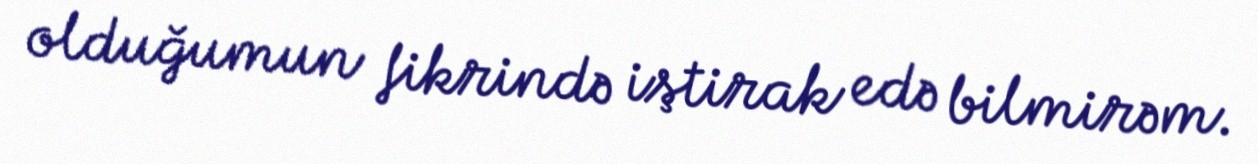
olduğumun fikrində iştirak edə bilmirəm.